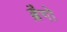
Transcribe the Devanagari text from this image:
ब्रैगो